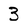
Character: 3